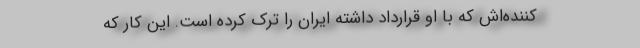
کننده‌اش که با او قرارداد داشته ایران را ترک کرده است. این کار که